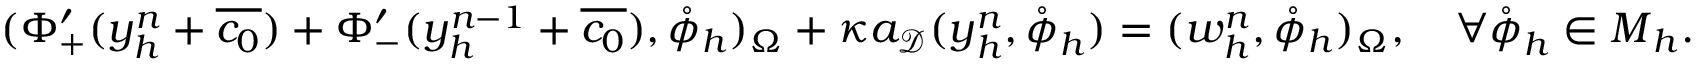
( \Phi _ { + } ^ { \prime } ( y _ { h } ^ { n } + \overline { { c _ { 0 } } } ) + \Phi _ { - } ^ { \prime } ( y _ { h } ^ { n - 1 } + \overline { { c _ { 0 } } } ) , \mathring { \phi } _ { h } ) _ { \Omega } + \kappa a _ { \mathcal { D } } ( \boldsymbol { y } _ { h } ^ { n } , \mathring { \boldsymbol { \phi } } _ { h } ) = ( w _ { h } ^ { n } , \mathring { \phi } _ { h } ) _ { \Omega } , \quad \forall \mathring { \boldsymbol { \phi } } _ { h } \in \boldsymbol { M } _ { h } .